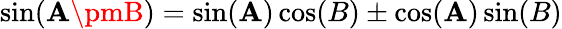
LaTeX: \sin(\mathbf{A}\pmB)=\sin(\mathbf{A})\cos(B)\pm\cos(\mathbf{A})\sin(B)